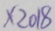
\times 2 0 1 8